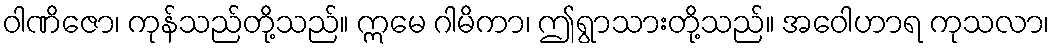
ဝါဏိဇော၊ ကုန်သည်တို့သည်။ ဣမေ ဂါမိကာ၊ ဤရွာသားတို့သည်။ အဝေါဟာရ ကုသလာ၊